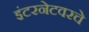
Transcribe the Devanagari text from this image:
इंटरनेटवरचे